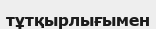
тұтқырлығымен